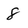
Character: 8